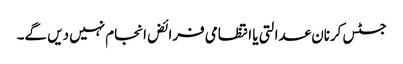
جسٹس کرنان عدالتی یا انتظامی فرائض انجام نہیں دیں گے۔